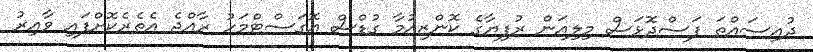
ދުއިސައްތަ ފަސްދޮޅަސް މިލިއަން ރުފިޔާގެ ކޮންޒިއުމާ ގުޑްސް އޮގަސްޓްމަހު ރާއްޖެ އެތެރެކޮށްފައި ވާއިރު